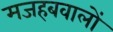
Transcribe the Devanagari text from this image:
मजहबवालों